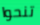
تنحوا